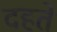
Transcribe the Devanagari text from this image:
दहते